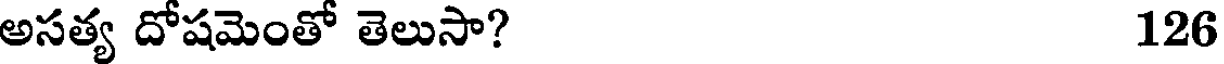
అసత్య దోషమెంతో తెలుసా? 126